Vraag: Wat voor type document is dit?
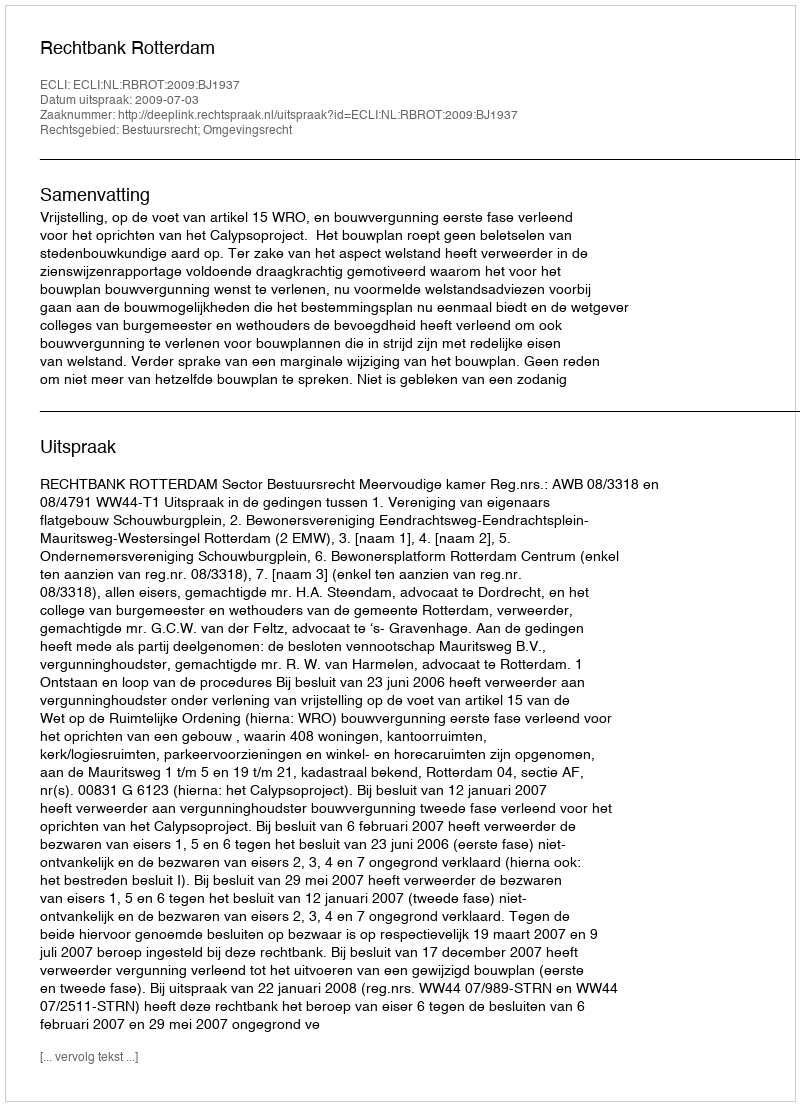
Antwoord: Uitspraak